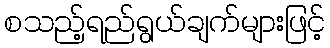
စသည့်ရည်ရွယ်ချက်များဖြင့်